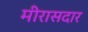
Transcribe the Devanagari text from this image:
मीरासदार